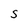
Character: S